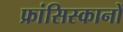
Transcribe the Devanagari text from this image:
फ्रांसिस्कानों